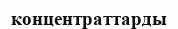
концентраттарды